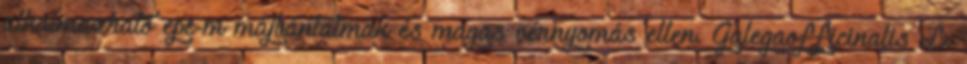
alkalmazható epe-m májbántalmak és magas vérnyomás ellen. Galegaofficinalis L.